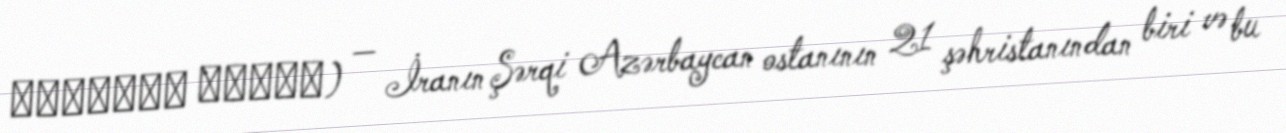
شهرستان مراغه) — İranın Şərqi Azərbaycan ostanının 21 şəhristanından biri və bu